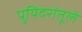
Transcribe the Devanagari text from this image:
पुयिदरांतूले